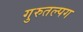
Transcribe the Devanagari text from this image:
गुरुतल्पग